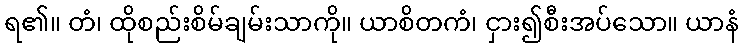
ရ၏။ တံ၊ ထိုစည်းစိမ်ချမ်းသာကို။ ယာစိတကံ၊ ငှား၍စီးအပ်သော။ ယာနံ